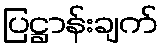
ပြဋ္ဌာန်းချက်